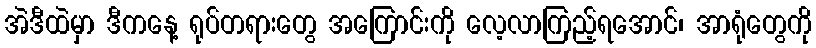
အဲဒီထဲမှာ ဒီကနေ့ ရုပ်တရားတွေ အကြောင်းကို လေ့လာကြည့်ရအောင်၊ အာရုံတွေကို